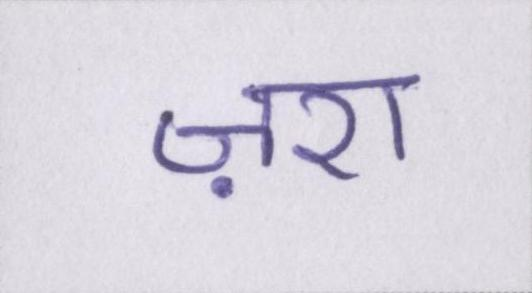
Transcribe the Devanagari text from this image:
ज़रा